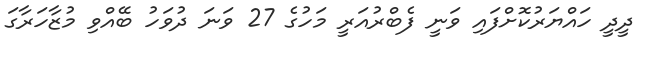
ދީދީ ހައްޔަރުކޮށްފައި ވަނީ ފެބްރުއަރީ މަހުގެ 27 ވަނަ ދުވަހު ބޭއްވި މުޒާހަރާގަ